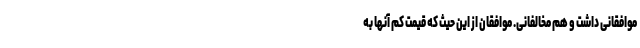
موافقانی داشت و هم مخالفانی. موافقان از این حیث که قیمت کم آنها به